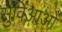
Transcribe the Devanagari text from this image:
सुविआओं